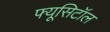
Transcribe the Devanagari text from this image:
फ्यूसिटॉल